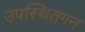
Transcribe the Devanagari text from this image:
उपस्थितगन